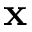
\mathbf { x }